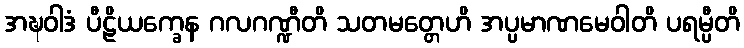
အဍ္ဎဝါဒံ ပီဠိယက္ခေန ဂလဂဏ္ဍီတိ သတမတ္တေဟိ အပ္ပမာဏမေဝါတိ ပရမ္ပီတိ